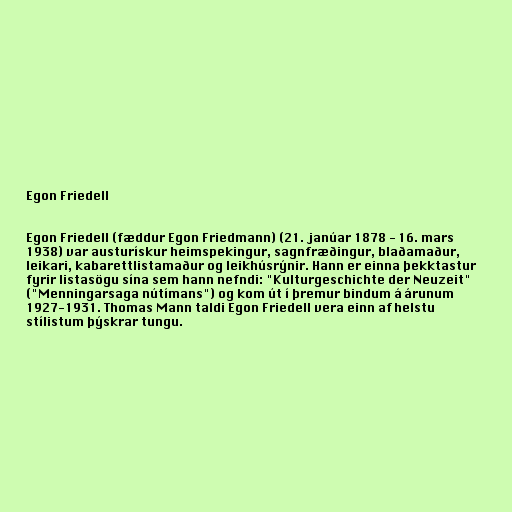
Egon Friedell

Egon Friedell (fæddur Egon Friedmann) (21. janúar 1878 - 16. mars
1938) var austurískur heimspekingur, sagnfræðingur, blaðamaður,
leikari, kabarettlistamaður og leikhúsrýnir. Hann er einna þekktastur
fyrir listasögu sína sem hann nefndi: "Kulturgeschichte der Neuzeit"
("Menningarsaga nútímans") og kom út í þremur bindum á árunum
1927-1931. Thomas Mann taldi Egon Friedell vera einn af helstu
stílistum þýskrar tungu.